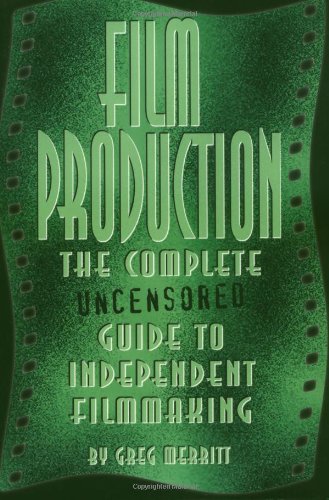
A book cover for Film Production: The Complete Uncensored Guide to Filmmaking; Greg Merritt; Humor & Entertainment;